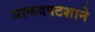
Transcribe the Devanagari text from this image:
धाकदपटशाने